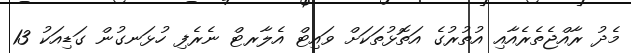
މެދު ރާއްޖެތެރެއާއި އުތުރުގެ އަތޮޅުތަކަށް ވައިޓް އެލާރޓް ނެރެފި ހުޅަނގުން ގަޑިއަކު 13